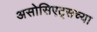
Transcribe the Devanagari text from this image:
असोसिएट्सच्या